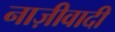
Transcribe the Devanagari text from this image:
नाज़ीवादी